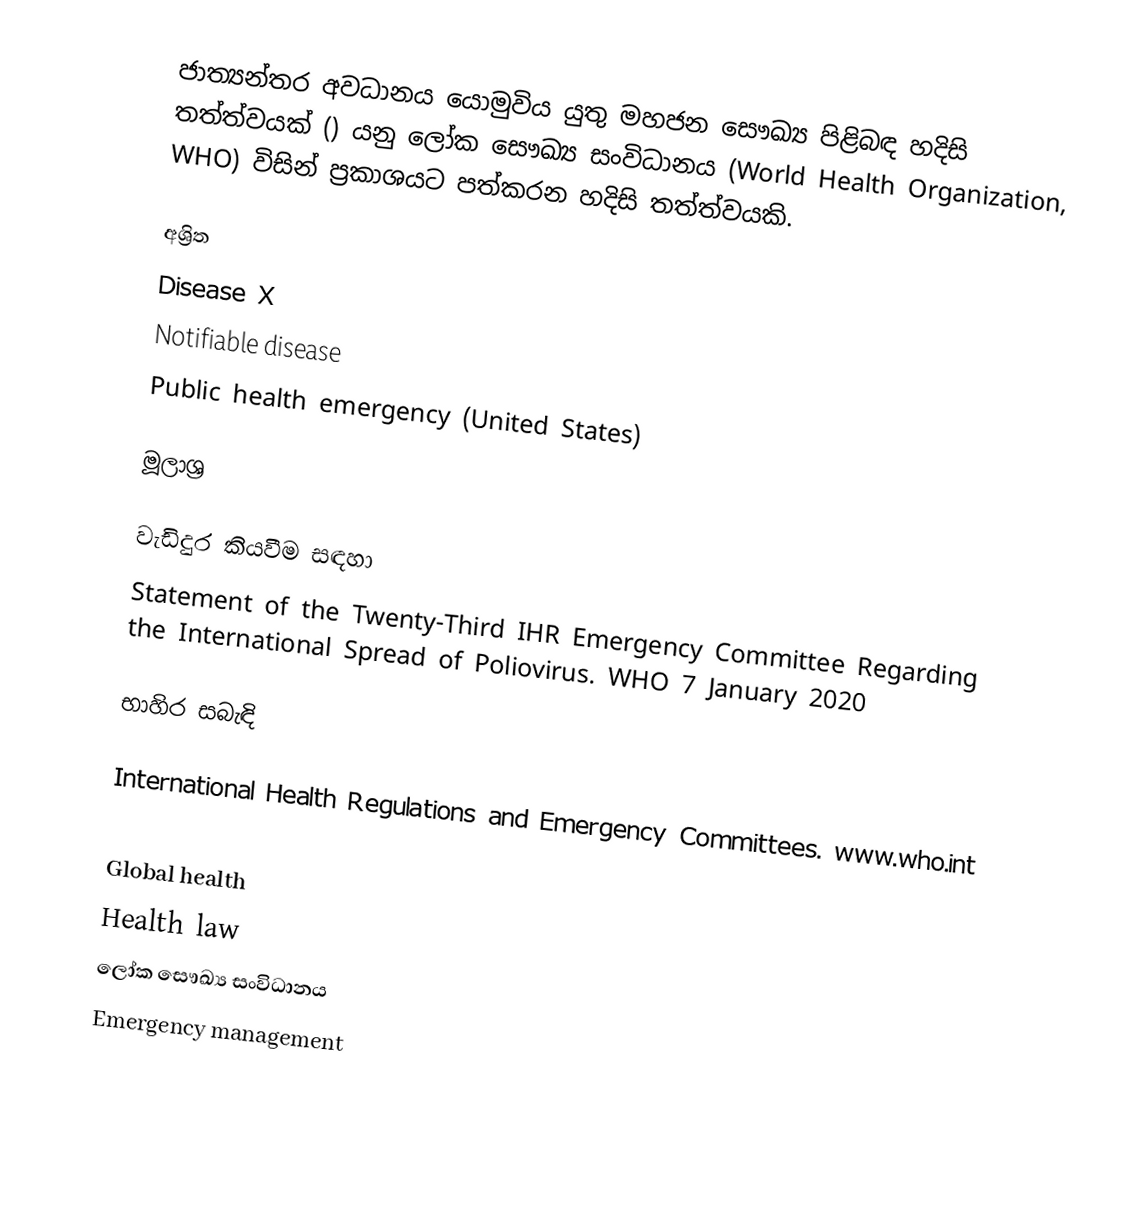
ජාත්‍යන්තර අවධානය යොමුවිය යුතු මහජන සෞඛ්‍ය පිළිබඳ හදිසි තත්ත්වයක් () යනු ලෝක සෞඛ්‍ය සංවිධානය (World Health Organization, WHO) විසින් ප්‍රකාශයට පත්කරන හදිසි තත්ත්වයකි.

අශ්‍රිත
Disease X
Notifiable disease
Public health emergency (United States)

මූලාශ්‍ර

වැඩිදුර කියවීම සඳහා
Statement of the Twenty-Third IHR Emergency Committee Regarding the International Spread of Poliovirus. WHO 7 January 2020

භාහිර සබැඳි

International Health Regulations and Emergency Committees. www.who.int

Global health
Health law
ලෝක සෞඛ්‍ය සංවිධානය
Emergency management